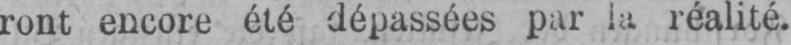
ront encore été dépassées par la réalité.